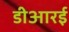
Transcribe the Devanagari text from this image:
डीआरई